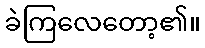
ခဲကြလေတော့၏။